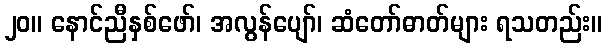
၂၀။ နောင်ညီနှစ်ဖော်၊ အလွန်ပျော်၊ ဆံတော်ဓာတ်များ ရသတည်း။